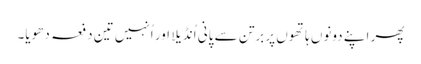
پھر اپنے دونوں ہاتھوں پر برتن سے پانی اُنڈیلا اور اُنہیں تین دفعہ دھویا۔